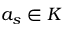
a _ { s } \in K